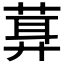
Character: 𦶪